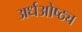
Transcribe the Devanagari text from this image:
अर्धओष्ठ्य